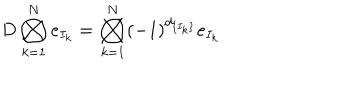
D \bigotimes _ { k = 1 } ^ { N } e _ { I _ { k } } = \bigotimes _ { k = 1 } ^ { N } ( - 1 ) ^ { d _ { \{ I _ { k } \} } } e _ { I _ { k } }